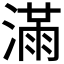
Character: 𣼛